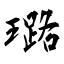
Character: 璐